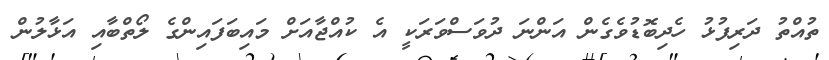
ތުއްތު ދަރިފުޅު ހެދިބޮޑުވެގެން އަންނަ ދުވަސްވަރަކީ އެ ކުއްޖާއަށް މައިބަފައިންގެ ލޯތްބާއި އަޅާލުން